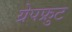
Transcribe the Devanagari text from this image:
ग्रेपफ्रुट